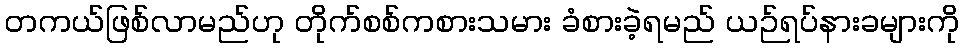
တကယ်ဖြစ်လာမည်ဟု တိုက်စစ်ကစားသမား ခံစားခဲ့ရမည် ယဉ်ရပ်နားခများကို